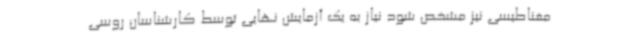
مغناطیسی نیز مشخص شود نیاز به یک آزمایش نهایی توسط کارشناسان روسی